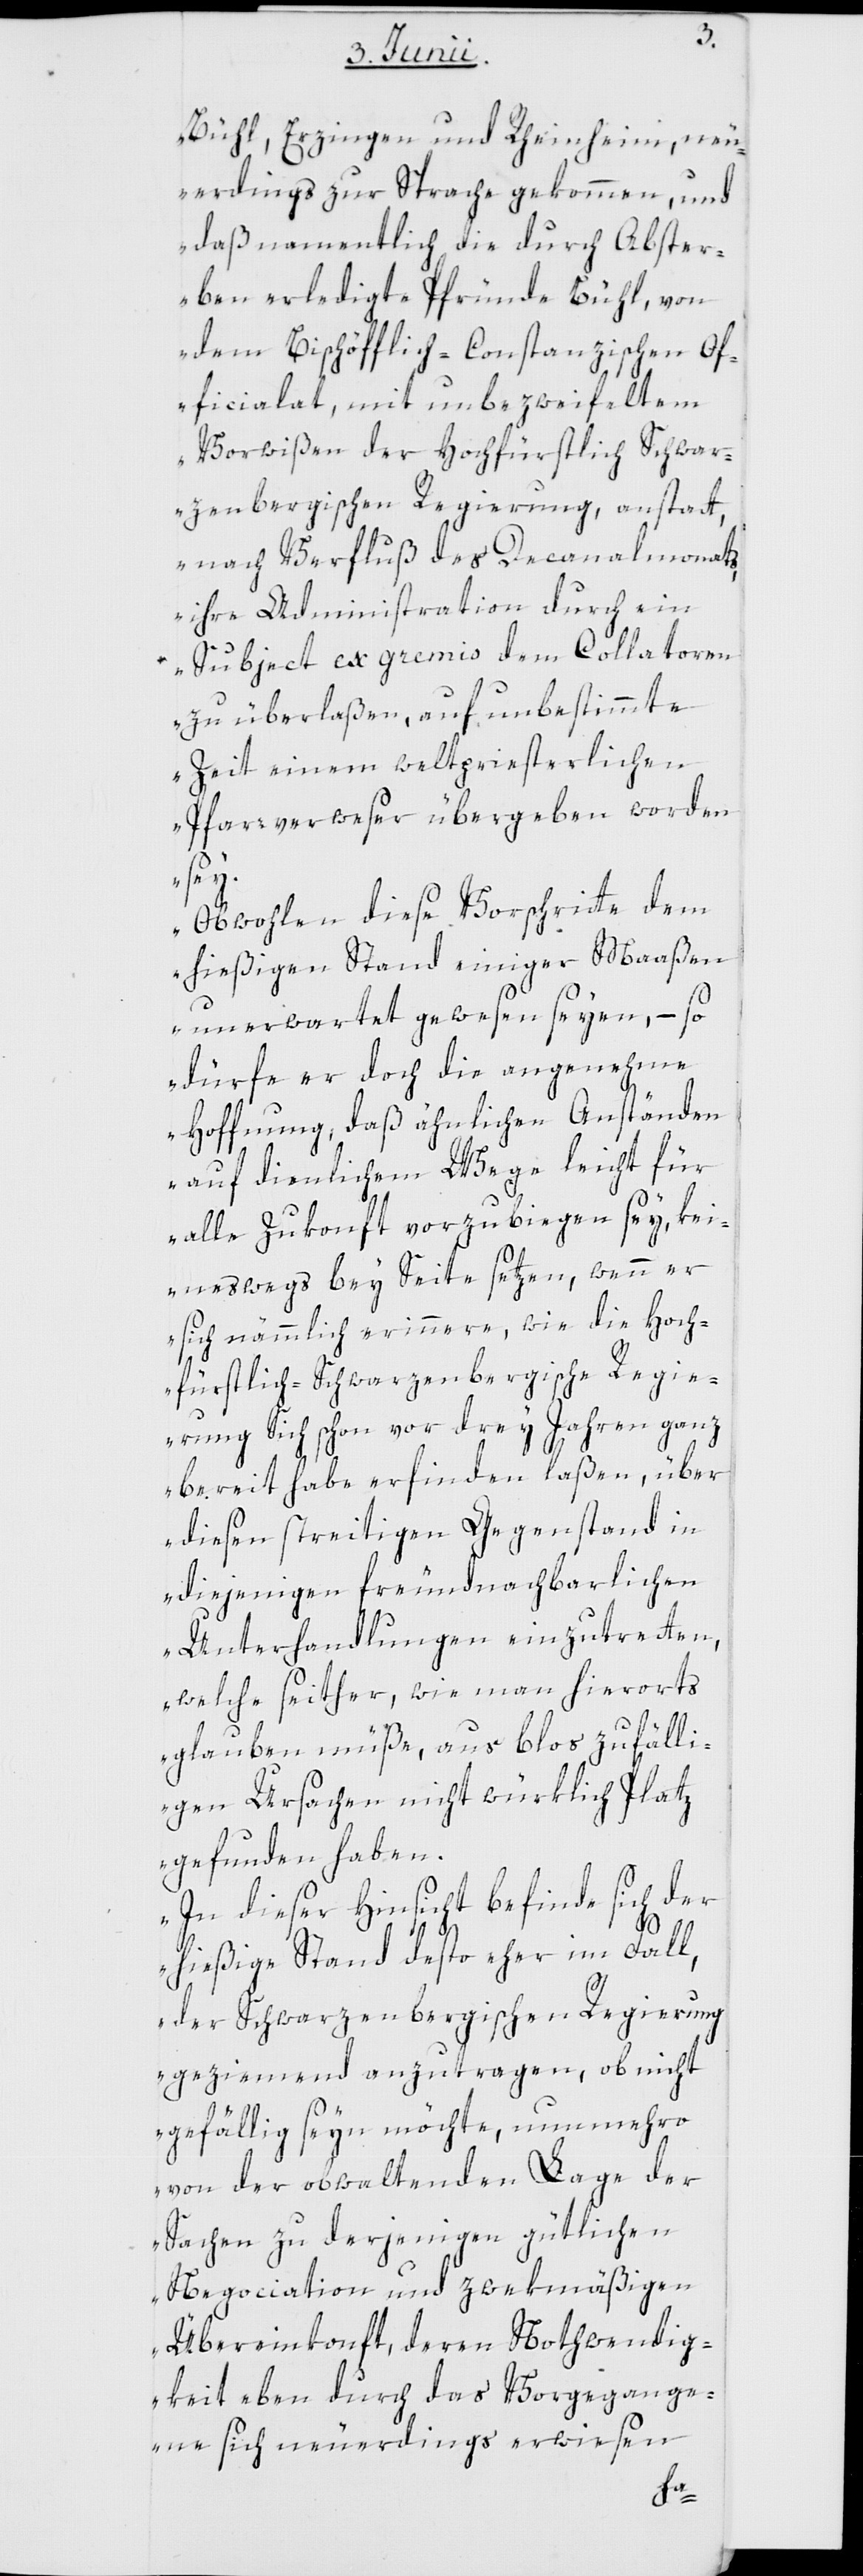
Bühl, Erzingen und Rheinheim, neu¬
erdings zur Sprache gekommen, und
daß namentlich die durch Abster¬
ben erledigte Pfründe Bühl, von
dem Bischöfflich-Constanzischen Of¬
ficialat, mit unbezweifeltem
Vorwißen der Hochfürstlich Schwar¬
zenbergischen Regierung, anstatt
nach Verfluß des Decanalmonats,
ihre Administration durch ein
Subject ex gremis dem Collatoren
zu überlaßen, auf unbestimmte
Zeit einem weltpriesterlichen
Pfarrverweser übergeben worden
sey.
Obwohlen diese Vorschritte dem
hießigen Stand einiger Maaßen
unerwartet gewesen seyen, – so
dürfe er doch die angenehme
Hoffnung, daß ähnlichen Anständen
auf dienlichem Wege leicht für
alle Zukonft vorzubiegen sey, kei¬
neswegs bey Seite setzen, wenn er
sich nämmlich erinnere, wie die Hoch¬
fürstlich-Schwarzenbergische Regie¬
rung Sich schon vor drey Jahren ganz
bereit habe erfinden laßen, über
diesen streitigen Gegenstand in
diejenigen freundnachbarlichen
Unterhandlungen einzutretten,
welche seither, wie man hierorts
glauben müße, aus bloß zufälli¬
gen Ursachen nicht würklich Platz
gefunden haben.
In dieser Hinsicht befinde sich der
hießige Stand desto eher im Fall,
der Schwarzenbergischen Regierung
geziemend anzutragen, ob nicht
gefällig seyn möchte, nunmehro
von der obwaltenden Lage der
Sachen zu derjenigen gütlichen
Negociation und zwekmäßigen
Übereinkonft, deren Nothwendig¬
keit eben durch das Vorgegange¬
ne sich neuerdings erwiesen